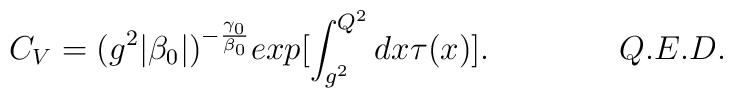
C_V = (g^2|\beta_0|)^{-\frac{\gamma_0}{\beta_0}}      exp \bigl[ \int^{Q^2}_{g^2}dx \tau(x) \bigr].      \qquad \qquad Q.E.D.